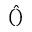
\hat { ( ) }